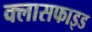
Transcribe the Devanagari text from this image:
क्लासफाइड